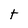
Character: t